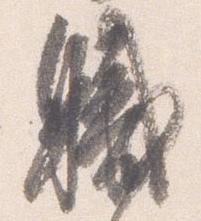
職